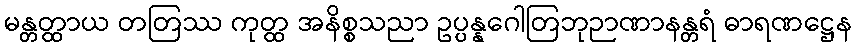
မန္တတ္ထာယ တတြဿ ကုတ္ထ အနိစ္စသညာ ဥပ္ပန္နဂေါတြဘုဉာဏာနန္တရံ ဓာရဏဋ္ဌေန